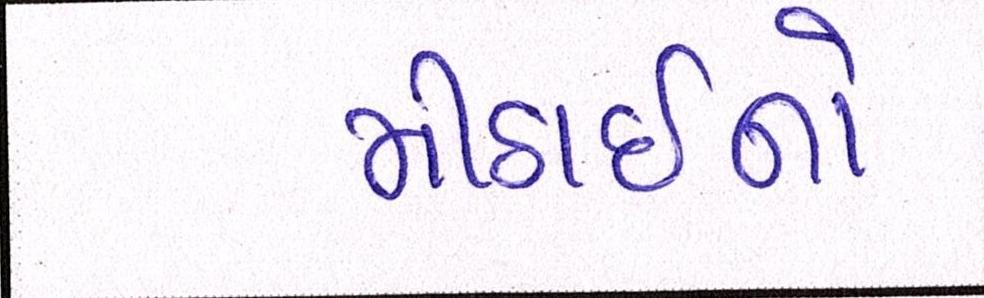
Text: મીઠાઈનો